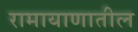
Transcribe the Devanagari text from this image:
रामायाणातील